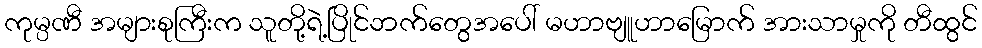
ကုမ္ပဏီ အများစုကြီးက သူတို့ရဲ့ပြိုင်ဘက်တွေအပေါ် မဟာဗျူဟာမြောက် အားသာမှုကို တီထွင်